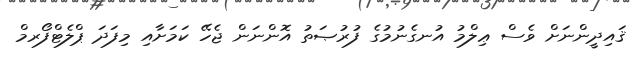
ޤައިދީންނަށް ވެސް ޢިލްމު އުނގެނުމުގެ ފުރުޞަތު އޮންނަން ޖެހޭ ކަމަށާއި މިފަދަ ޕްލެޓްފޯރމް